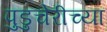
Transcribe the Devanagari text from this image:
पुडुचेरीच्या